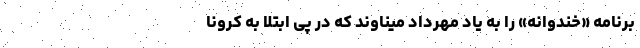
برنامه «خندوانه» را به یاد مهرداد میناوند که در پی ابتلا به کرونا